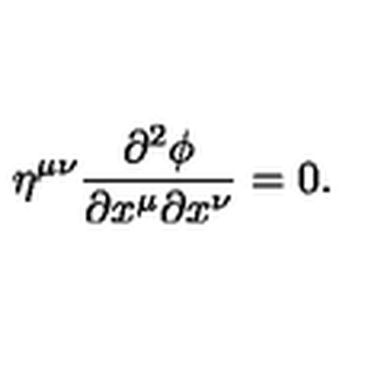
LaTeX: \eta ^ { \mu \nu } { \frac { \partial ^ { 2 } \phi } { \partial x ^ { \mu } \partial x ^ { \nu } } } = 0 .